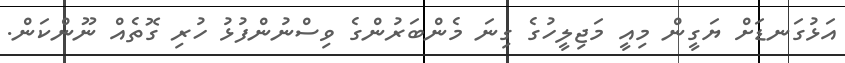
އަޅުގަނޑަށް ޔަގީން މިއީ މަޖިލީހުގެ ގިނަ މެންބަރުންގެ ވިސްނުންފުޅު ހުރި ގޮތެއް ނޫންކަން.